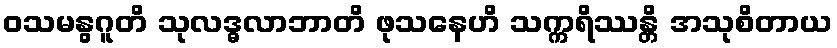
ဝသမနွဂူတိ သုလဒ္ဓလာဘာတိ ဖုသနေဟိ သက္ကရိဿန္တိ အသုစိတာယ